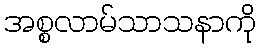
အစ္စလာမ်သာသနာကို